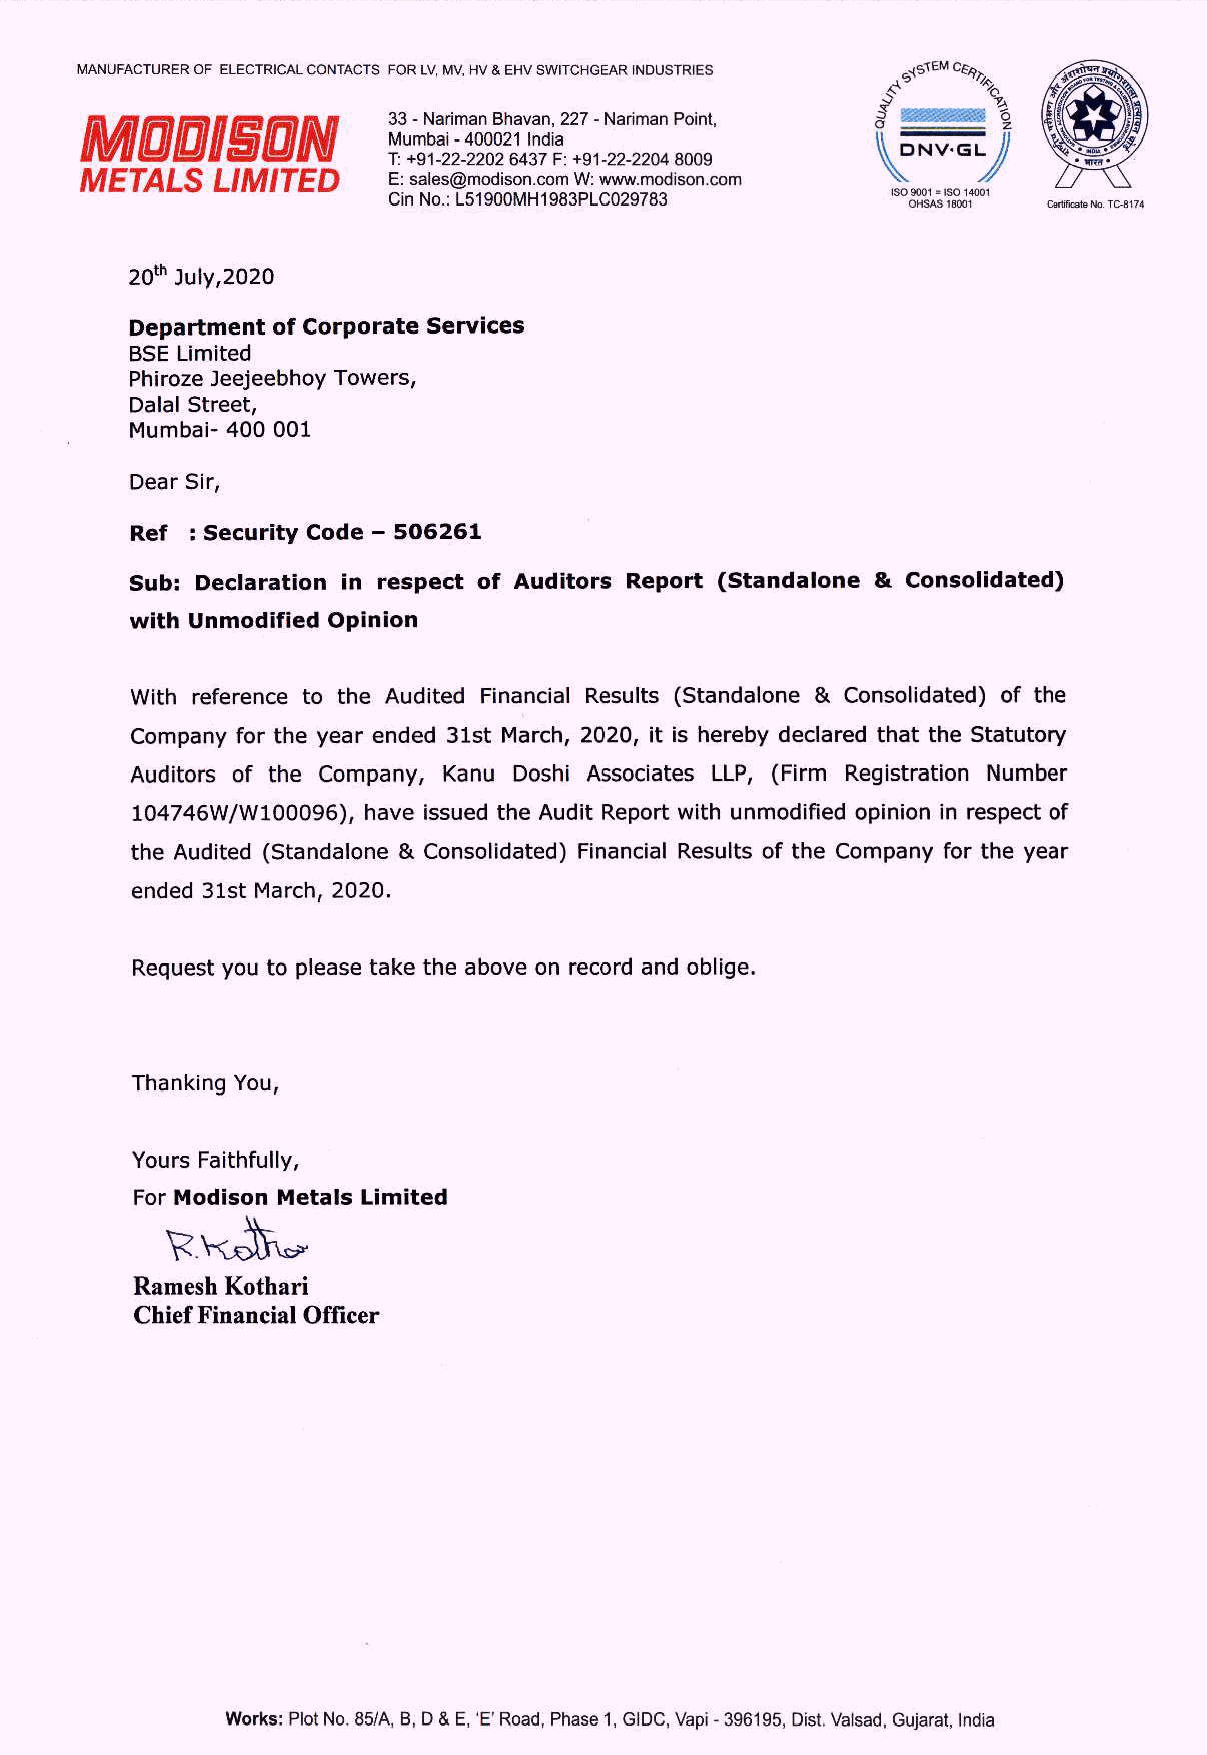
MANUFACTURER OF ELECTRICAL CONTACTS FOR LV, MV, HV & EHV SWITCHGEAR INDUSTRIES
 33 - Nariman Bhavan, 227 - Nariman Point,
 MOoDISON             Mumbai - 400021 India
 T: +91-22-2202 6437 F: +91-22-2204 8009
 METALS   LIMITED     E: sales@modison.com W: www.modison.com
 Cin No.: L51900MH1983PLC029783    OHSAS 18001 Crile No.TC-8174
 20" july,2020
 Department of Corporate Services
 BSE Limited
 Phiroze Jeejeebhoy Towers,
 Dalal Street,
 Mumbai- 400 001
 Dear Sir,
 Ref : Security Code — 506261
 Sub: Declaration in respect of Auditors Report (Standalone & Consolidated)
 with Unmodified Opinion
 With reference to the Audited Financial Results (Standalone & Consolidated) of the
 Company for the year ended 31st March, 2020, it is hereby declared that the Statutory
 Auditors of the Company, Kanu Doshi Associates LLP, (Firm Registration Number
 104746W/W100096), have issued the Audit Report with unmodified opinion in respect of
 the Audited (Standalone & Consolidated) Financial Results of the Company for the year
 ended 31st March, 2020.
 Request you to please take the above on record and oblige.
 Thanking You,
 Yours Faithfully,
 For Modison Metals Limited
 Rikolhe
 Ramesh Kothari
 Chief Financial Officer
 Works: Plot No. 85/A, B, D & E, 'E’ Road, Phase 1, GIDC, Vapi - 396195, Dist. Valsad, Gujarat, India